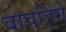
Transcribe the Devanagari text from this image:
वावडिंगे